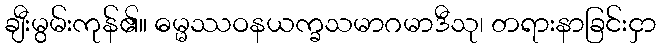
ချီးမွမ်းကုန်၏။ ဓမ္မဿဝနယက္ခသမာဂမာဒီသု၊ တရားနာခြင်းငှာ